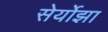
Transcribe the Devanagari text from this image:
सेर्योझा